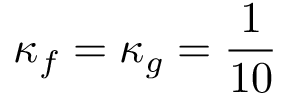
\kappa _ { f } = \kappa _ { g } = \frac { 1 } { 1 0 }